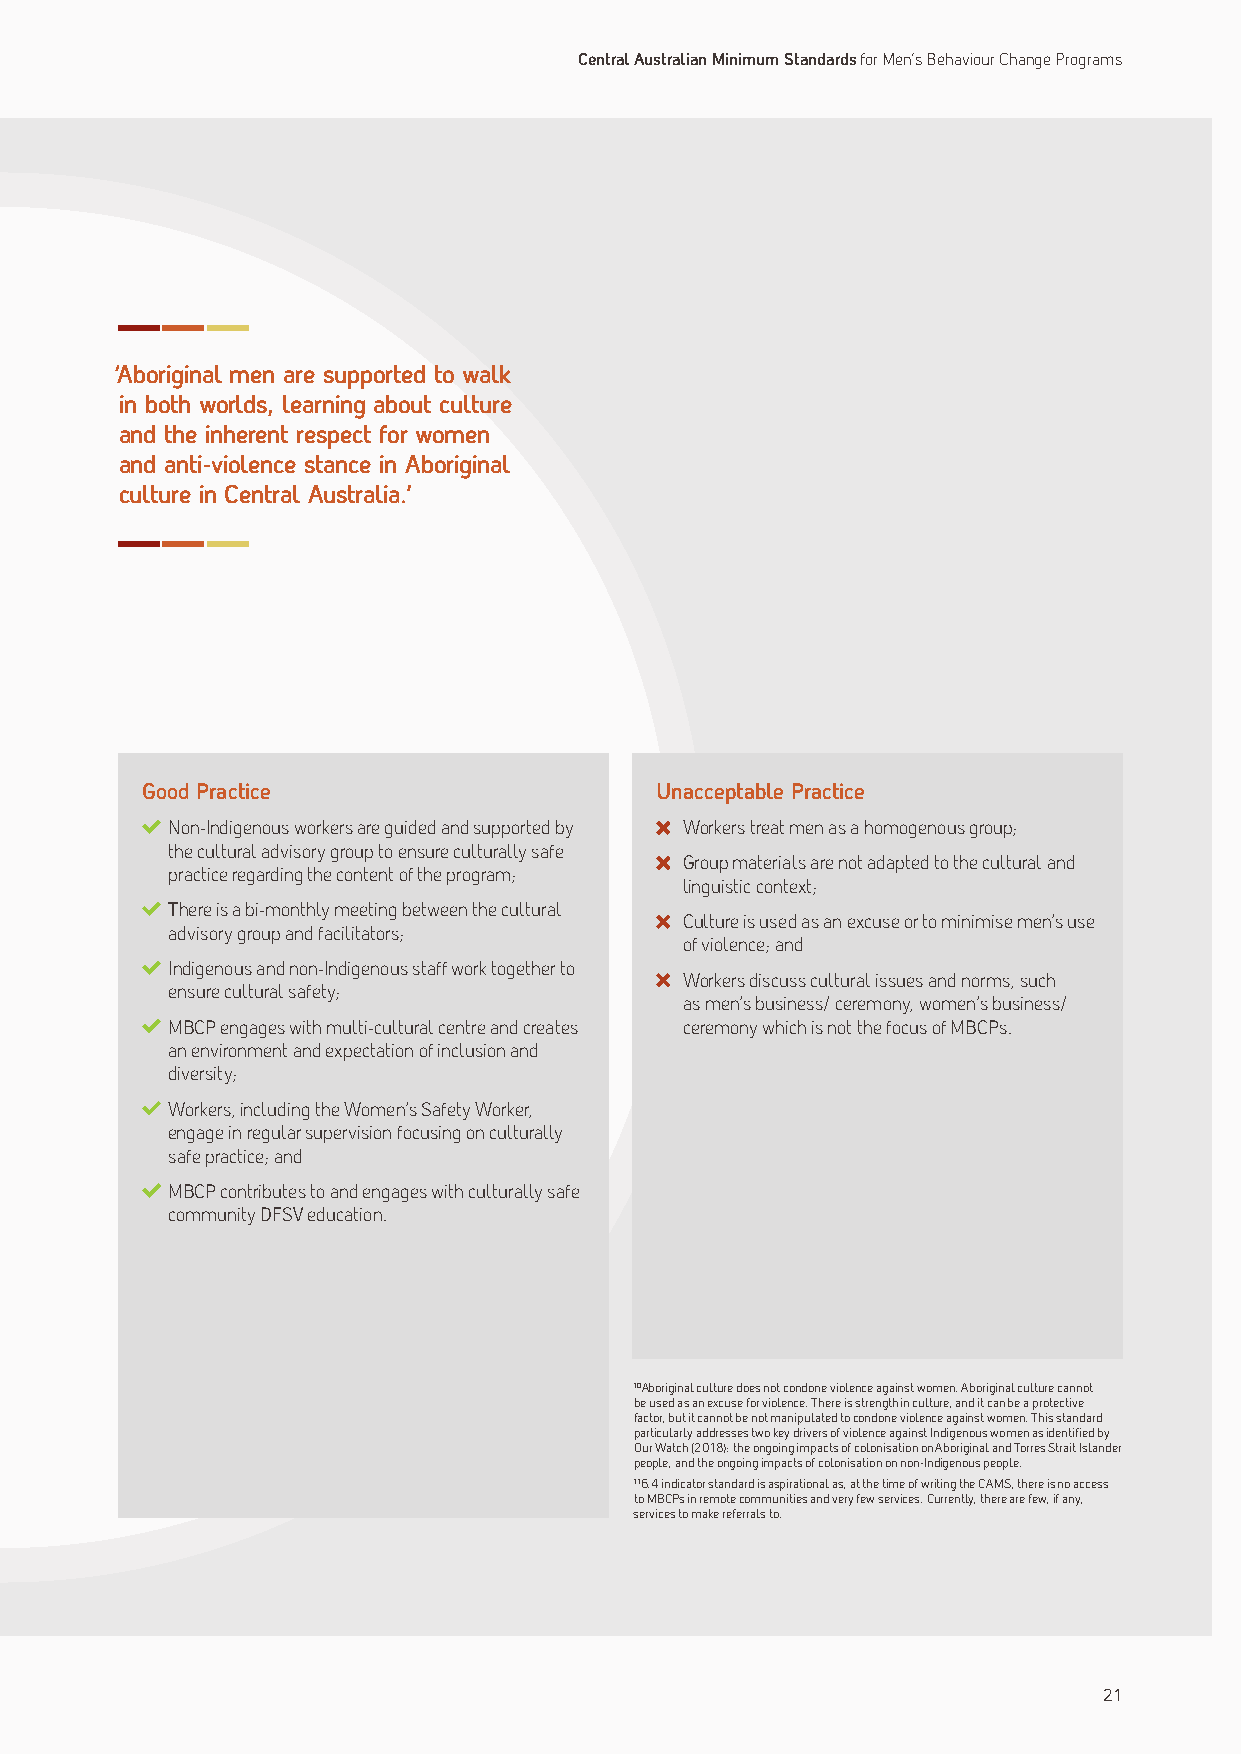
Central Australian Minimum Standards for Men’s Behaviour Change Programs
 ‘Aboriginal men are supported to walk
 in both worlds, learning about culture
 and the inherent respect for women
 and anti-violence stance in Aboriginal
 culture in Central Australia.’
 Good Practice                     Unacceptable Practice
 Non-Indigenous workers are guided and supported by Workers treat men as a homogenous group;
 the cultural advisory group to ensure culturally safe
 Group materials are not adapted to the cultural and
 practice regarding the content of the program;
 linguistic context;
 There is a bi-monthly meeting between the cultural
 Culture is used as an excuse or to minimise men’s use
 advisory group and facilitators;
 of violence; and
 Indigenous and non-Indigenous staff work together to
 Workers discuss cultural issues and norms, such
 ensure cultural safety;
 as men’s business/ ceremony, women’s business/
 MBCP engages with multi-cultural centre and creates ceremony which is not the focus of MBCPs.
 an environment and expectation of inclusion and
 diversity;
 Workers, including the Women’s Safety Worker,
 engage in regular supervision focusing on culturally
 safe practice; and
 MBCP contributes to and engages with culturally safe
 community DFSV education.
 10Aboriginal culture does not condone violence against women. Aboriginal culture cannot
 be used as an excuse for violence. There is strength in culture, and it can be a protective
 factor, but it cannot be not manipulated to condone violence against women. This standard
 particularly addresses two key drivers of violence against Indigenous women as identified by
 Our Watch (2018): the ongoing impacts of colonisation on Aboriginal and Torres Strait Islander
 people; and the ongoing impacts of colonisation on non-Indigenous people.
 116.4 indicator standard is aspirational as, at the time of writing the CAMS, there is no access
 to MBCPs in remote communities and very few services. Currently, there are few, if any,
 services to make referrals to.
 21